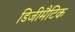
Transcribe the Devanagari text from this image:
डिजीमैटिक